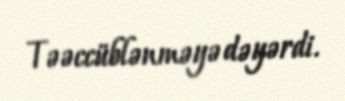
Təəccüblənməyə dəyərdi.